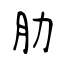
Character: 肋